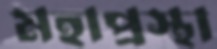
মহাপ্রস্থা